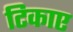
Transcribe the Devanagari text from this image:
टिकाए